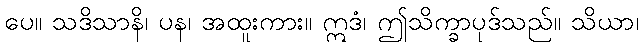
ပေ။ သဒိသာနိ၊ ပန၊ အထူးကား။ ဣဒံ၊ ဤသိက္ခာပုဒ်သည်။ သိယာ၊